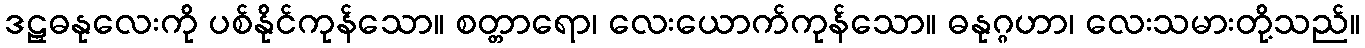
ဒဠှဓနုလေးကို ပစ်နိုင်ကုန်သော။ စတ္တာရော၊ လေးယောက်ကုန်သော။ ဓနုဂ္ဂဟာ၊ လေးသမားတို့သည်။